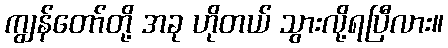
ကျွန်တော်တို့ အခု ဟိုတယ် သွားလို့ရပြီလား။